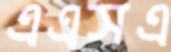
এএসএ